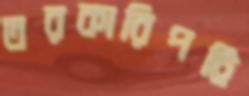
তরকারিপট্টি